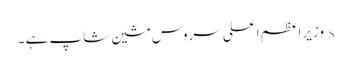
s وزیراعظم اعلی سروس مشین شاپ ہے ۔